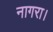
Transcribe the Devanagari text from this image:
नागरा।